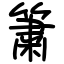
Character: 簘